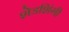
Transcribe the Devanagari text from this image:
शेडशिंगी